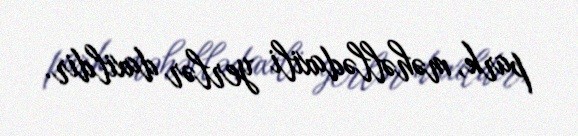
park, məhəllədaxili yerlər daxildir.